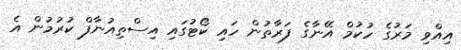
އިއްވި މަރުގެ ހުކުމް އޭނާގެ ފަރާތުން ހައި ކޯޓުގައި އިސްތިއުނާފް ކުރުމުން އެ